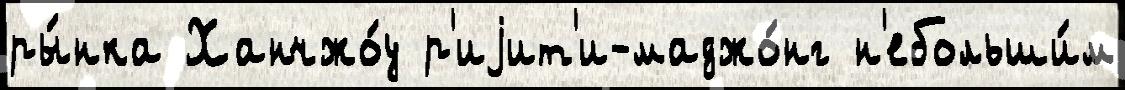
ры́нка Ханчжо́у р'иjит'и-маджо́нг н'ебольши́м